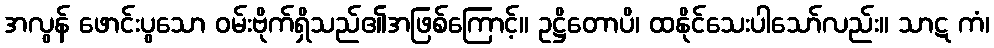
အလွန် ဖောင်းပွသော ဝမ်းဗိုက်ရှိသည်၏အဖြစ်ကြောင့်။ ဥဋ္ဌိတောပိ၊ ထနိုင်သေးပါသော်လည်း။ သာဋ ကံ၊